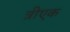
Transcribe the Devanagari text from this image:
त्रीएक